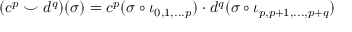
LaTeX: ( c ^ { p } \smile d ^ { q } ) ( \sigma ) = c ^ { p } ( \sigma \circ \iota _ { 0 , 1 , . . . p } ) \cdot d ^ { q } ( \sigma \circ \iota _ { p , p + 1 , . . . , p + q } )